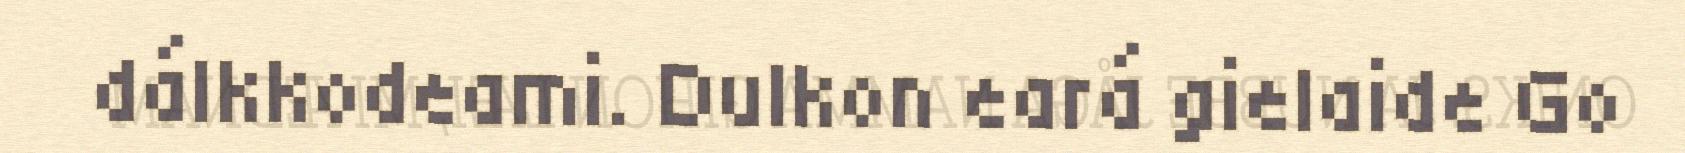
dálkkodeami. Dulkon eará gielaide Go